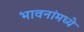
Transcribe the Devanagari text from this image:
भावनांमध्ये